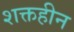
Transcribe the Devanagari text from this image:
शक्तहीन